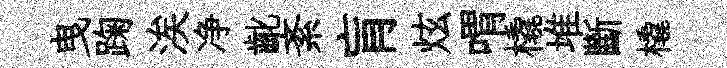
曳踘涘净齔紊肓炫喟橇堆斷橇